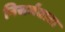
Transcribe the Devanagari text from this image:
निसर्गवाटा